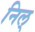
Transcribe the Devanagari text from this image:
निल्